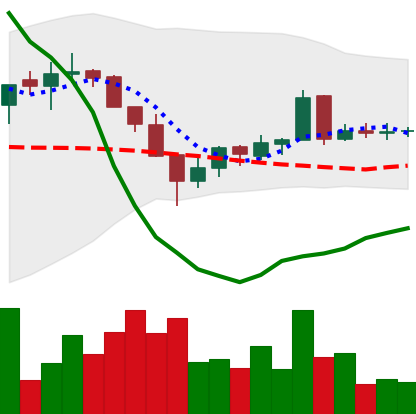
Ticker: LTC-USD
Chart end date: 2016-03-16
Forward return: -3.278%
Label: down_3_5